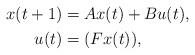
LaTeX: \begin{align*}\begin{aligned}x(t+1) &= Ax(t) + Bu(t), \\u(t) &= (Fx(t)),\end{aligned} \end{align*}